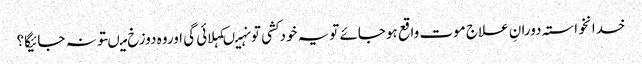
خدانخواستہ دورانِ علاج موت واقع ہوجائے تویہ خودکشی تونہیںکہلائی گی اوروہ دوزخ میںتونہ جائیگا؟